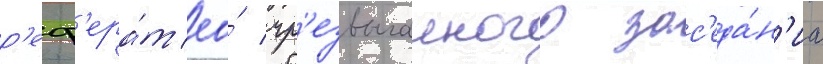
р'еф'ера́т ео́ чр'езвычаиного зас'еда́н'иа